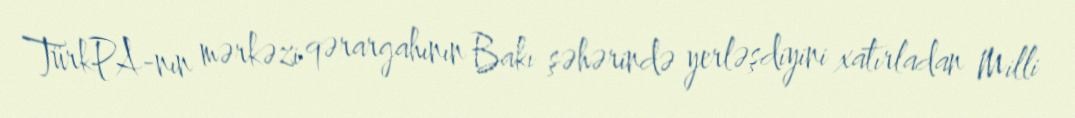
TürkPA-nın mərkəzi qərargahının Bakı şəhərində yerləşdiyini xatırladan Milli